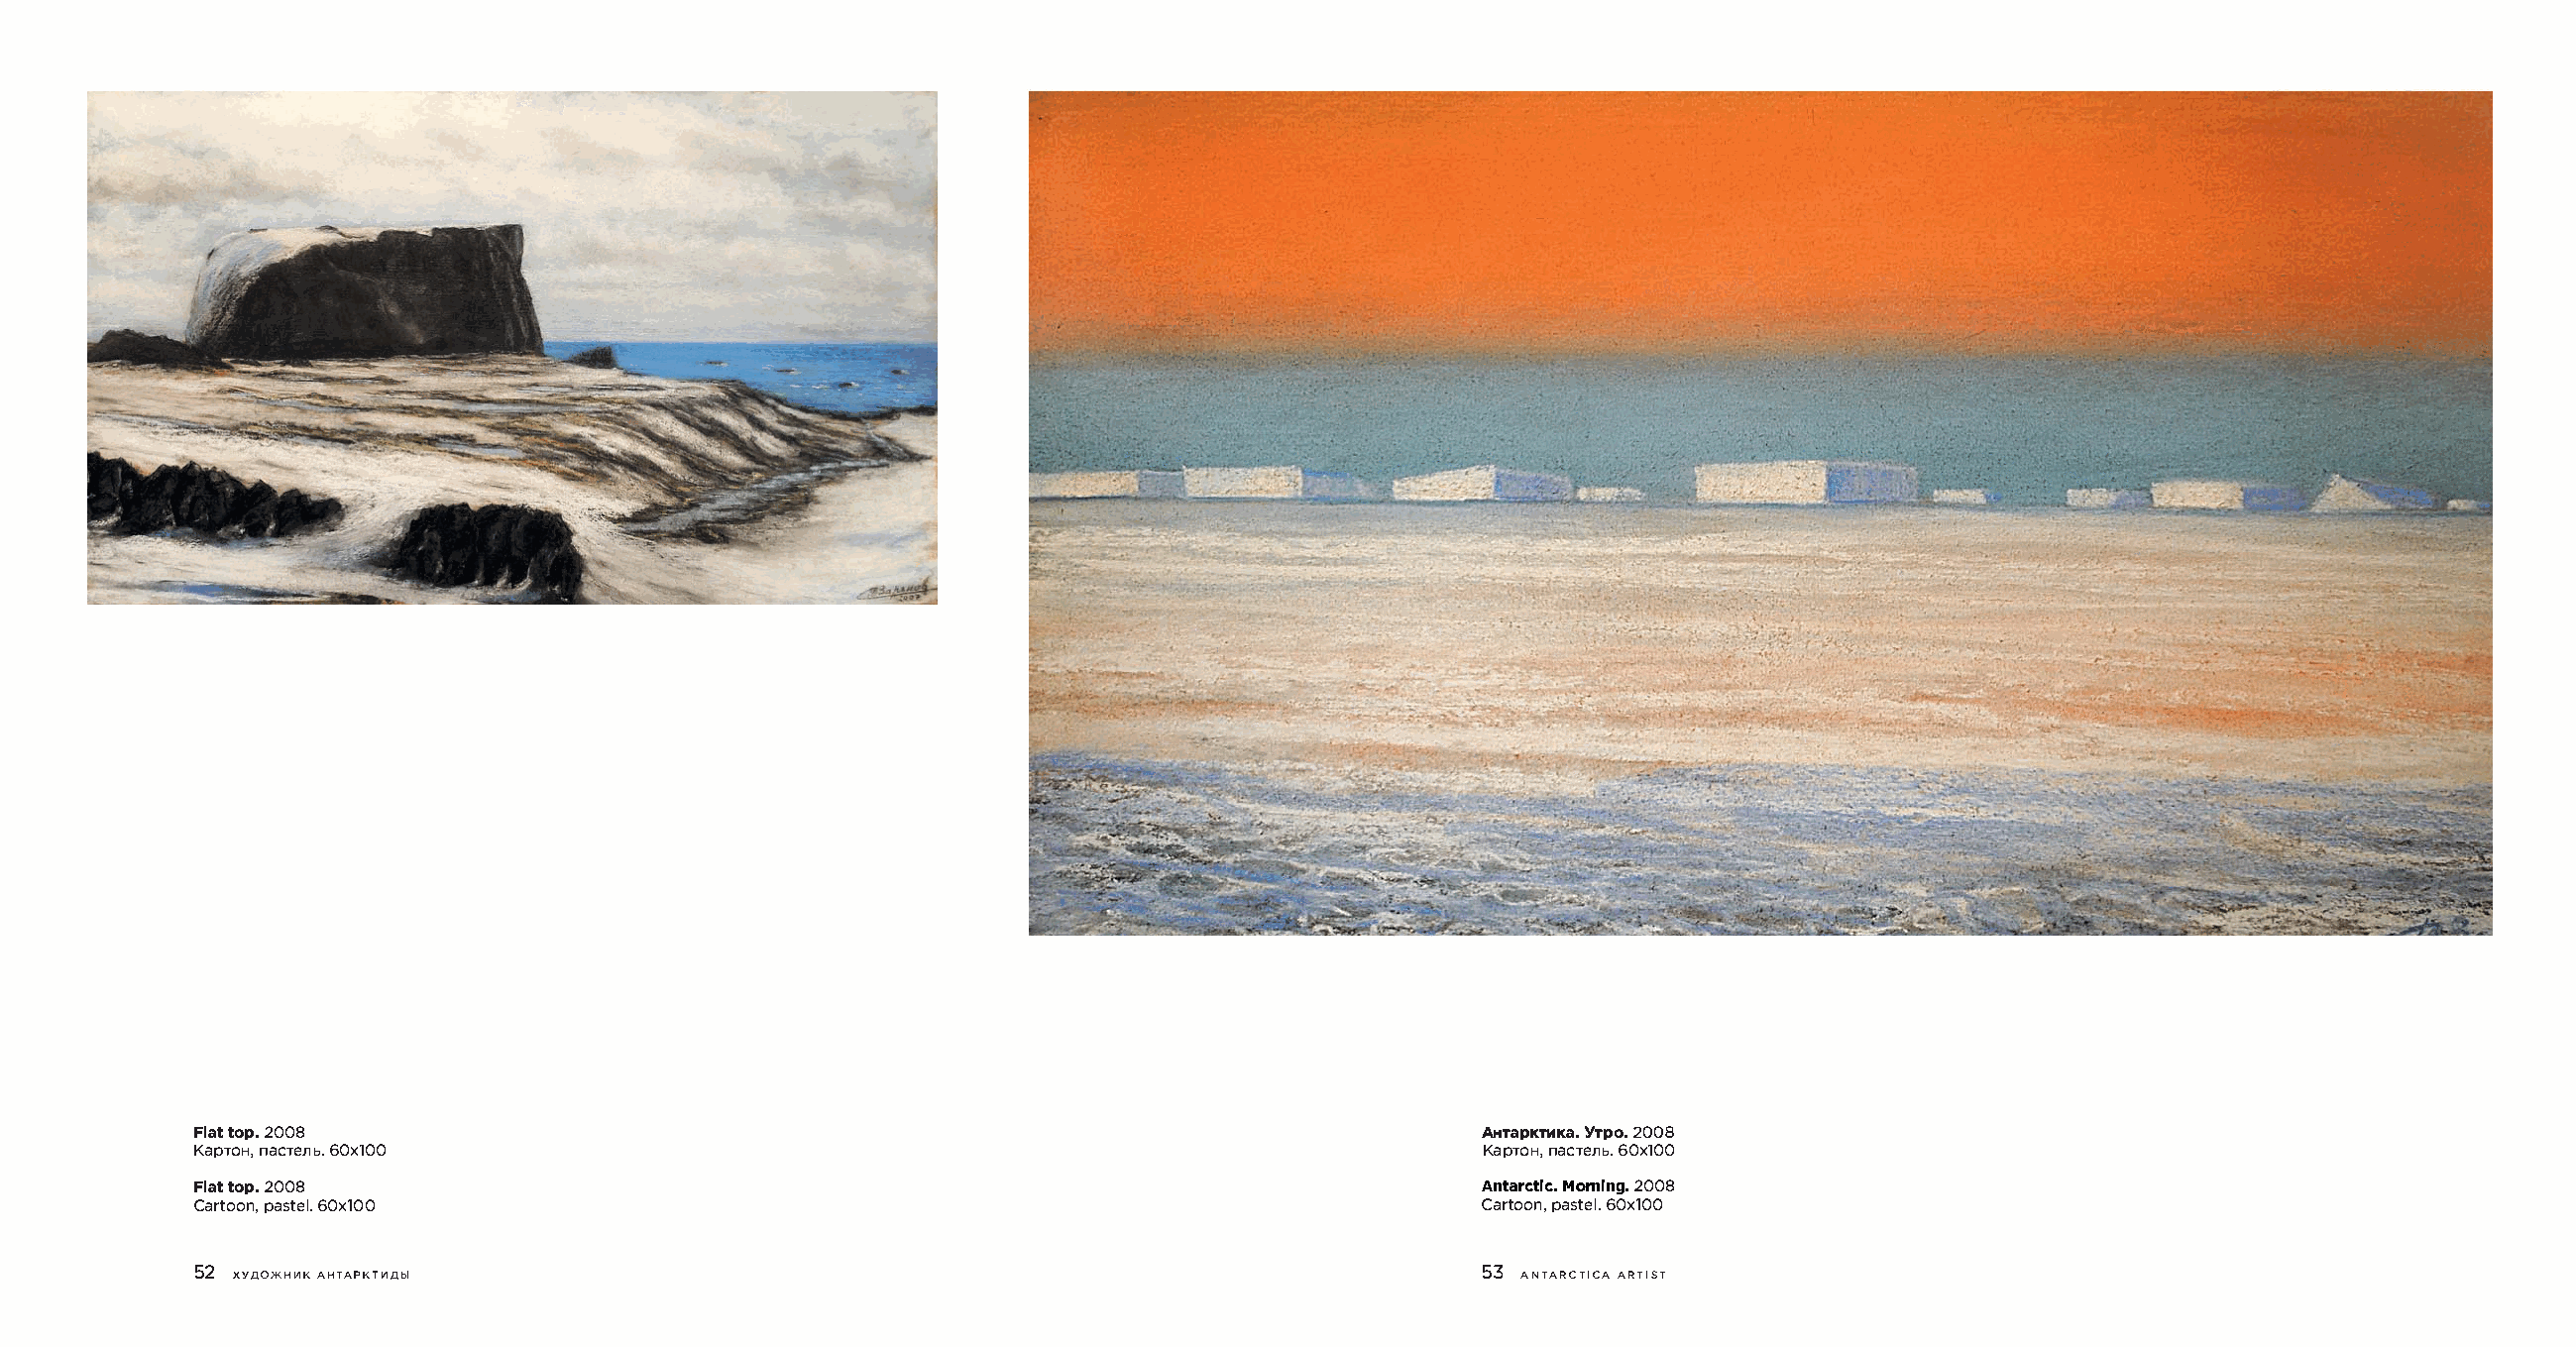
Fltaotp 20.0 8                                                                        AHTapKTMKa.YTpo.2008
 KapTOnHa,C Te6Jl0bx.l 00                                                              KapTOnHa,c Te6Jl0bx.l 00
 Fltaotp 20.0 8                                                                        AntarcMtoircn.i n2g0.0 8
 Cartopoans,t 6e0lx.l 00                                                               Cartopoans,t 6e0lx.l 00
 52 XYAO>KH�K AHTAPKH1Abl                                                              53 A NT ARC TI C A AR TI S T